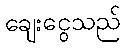
ချေးငွေသည်